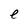
Character: e